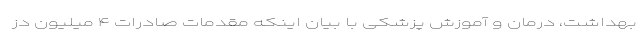
بهداشت، درمان و آموزش پزشکی با بیان اینکه مقدمات صادرات ۴ میلیون دز